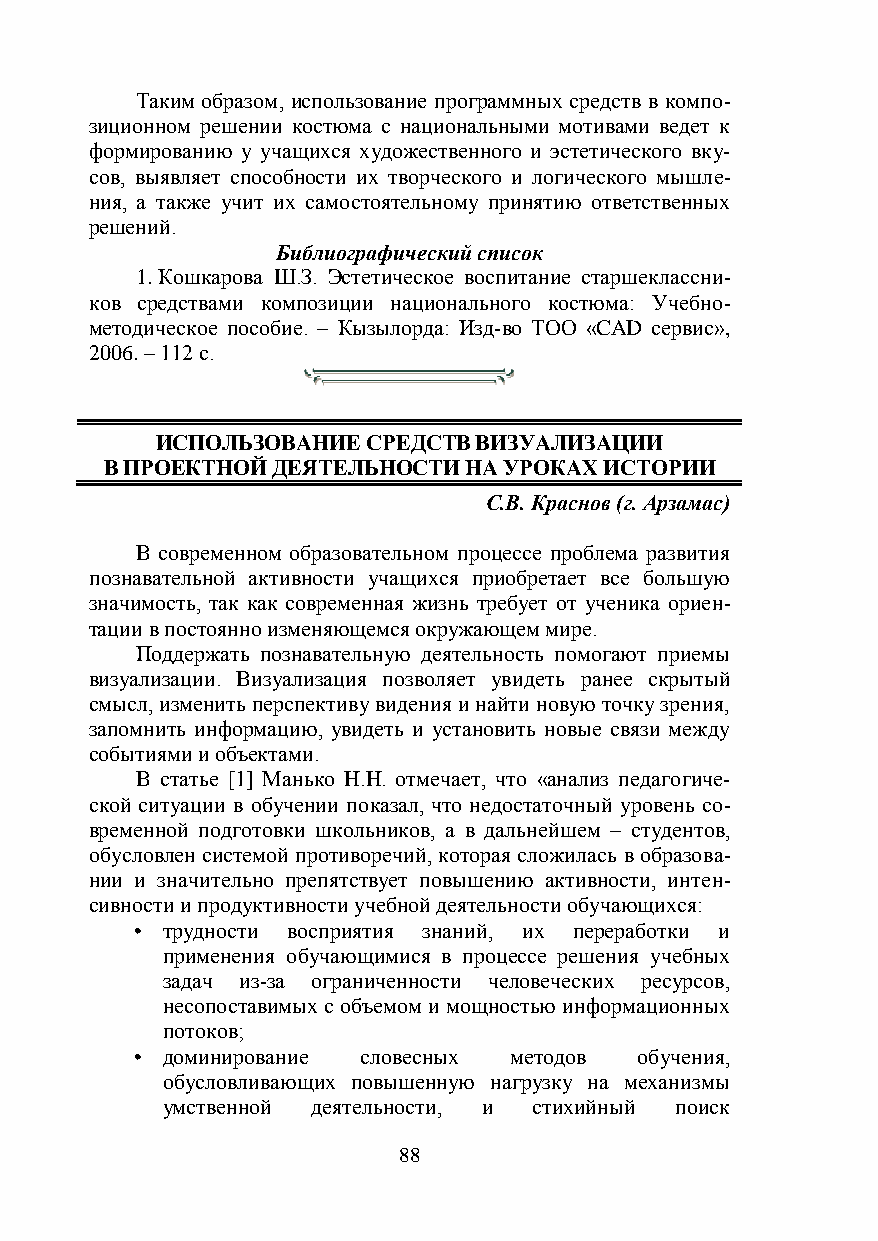
Таким образом, использование программных средств в компо-
 зиционном решении костюма с национальными мотивами ведет к
 формированию у учащихся художественного и эстетического вку-
 сов, выявляет способности их творческого и логического мышле-
 ния, а также учит их самостоятельному принятию ответственных
 решений.
 Библиографический список
 1. Кошкарова Ш.З. Эстетическое воспитание старшеклассни-
 ков средствами композиции национального костюма: Учебно-
 методическое пособие. – Кызылорда: Изд-во ТОО «CAD сервис»,
 2006. – 112 с.
 ИСПОЛЬЗОВАНИЕ СРЕДСТВ ВИЗУАЛИЗАЦИИ
 В ПРОЕКТНОЙ ДЕЯТЕЛЬНОСТИ НА УРОКАХ ИСТОРИИ
 С.В. Краснов (г. Арзамас)
 В современном образовательном процессе проблема развития
 познавательной активности учащихся приобретает все большую
 значимость, так как современная жизнь требует от ученика ориен-
 тации в постоянно изменяющемся окружающем мире.
 Поддержать познавательную деятельность помогают приемы
 визуализации. Визуализация позволяет увидеть ранее скрытый
 смысл, изменить перспективу видения и найти новую точку зрения,
 запомнить информацию, увидеть и установить новые связи между
 событиями и объектами.
 В статье [1] Манько Н.Н. отмечает, что «анализ педагогиче-
 ской ситуации в обучении показал, что недостаточный уровень со-
 временной подготовки школьников, а в дальнейшем – студентов,
 обусловлен системой противоречий, которая сложилась в образова-
 нии и значительно препятствует повышению активности, интен-
 сивности и продуктивности учебной деятельности обучающихся:
 • трудности восприятия знаний, их переработки и
 применения обучающимися в процессе решения учебных
 задач из-за ограниченности человеческих ресурсов,
 несопоставимых с объемом и мощностью информационных
 потоков;
 • доминирование словесных методов обучения,
 обусловливающих повышенную нагрузку на механизмы
 умственной деятельности, и стихийный поиск
 88